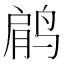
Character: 𱊋